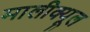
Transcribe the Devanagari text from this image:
मालीक्यूल